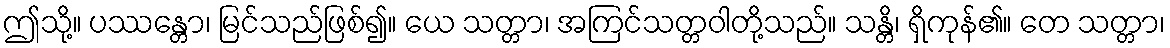
ဤသို့။ ပဿန္တော၊ မြင်သည်ဖြစ်၍။ ယေ သတ္တာ၊ အကြင်သတ္တဝါတို့သည်။ သန္တိ၊ ရှိကုန်၏။ တေ သတ္တာ၊